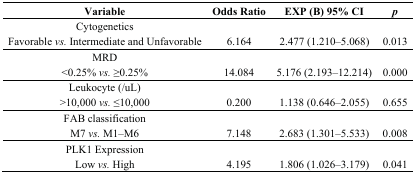
<table><thead><tr><td><b>Variable</b></td><td><b>Odds Ratio</b></td><td><b>EXP (B) 95% CI</b></td><td><b><i>p</i></b></td></tr></thead><tbody><tr><td>Cytogenetics</td><td></td><td></td><td></td></tr><tr><td>Favorable <i>vs.</i> Intermediate and Unfavorable</td><td>6.164</td><td>2.477 (1.210–5.068)</td><td>0.013</td></tr><tr><td>MRD</td><td></td><td></td><td></td></tr><tr><td>&lt;0.25% <i>vs.</i> ≥0.25%</td><td>14.084</td><td>5.176 (2.193–12.214)</td><td>0.000</td></tr><tr><td>Leukocyte (/uL)</td><td></td><td></td><td></td></tr><tr><td>&gt;10,000<i> vs.</i> ≤10,000</td><td>0.200</td><td>1.138 (0.646–2.055)</td><td>0.655</td></tr><tr><td>FAB classification</td><td></td><td></td><td></td></tr><tr><td>M7<i> vs.</i> M1–M6</td><td>7.148</td><td>2.683 (1.301–5.533)</td><td>0.008</td></tr><tr><td>PLK1 Expression</td><td></td><td></td><td></td></tr><tr><td>Low<i> vs.</i> High</td><td>4.195</td><td>1.806 (1.026–3.179)</td><td>0.041</td></tr></tbody></table>